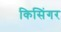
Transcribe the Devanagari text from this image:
किसिंगर